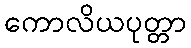
ကောလိယပုတ္တာ